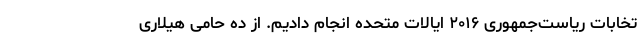
تخابات ریاست‌جمهوری ۲۰۱۶ ایالات متحده انجام دادیم. از ده حامی هیلاری